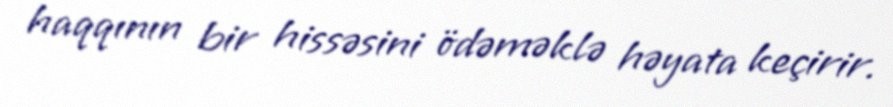
haqqının bir hissəsini ödəməklə həyata keçirir.